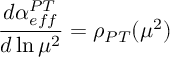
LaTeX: { \frac { d \alpha _ { e f f } ^ { P T } } { d \ln \mu ^ { 2 } } } = \rho _ { P T } ( \mu ^ { 2 } )